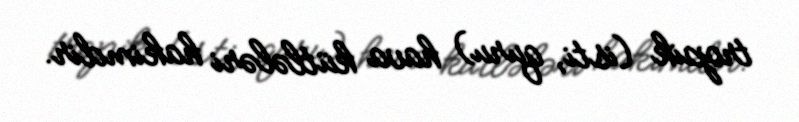
tropik (isti, quru) hava kütlələri hakimdir.